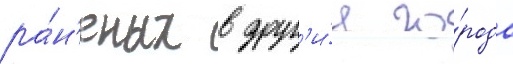
ра́н'еных в друг'и́е го́рода